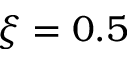
\xi = 0 . 5